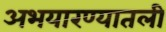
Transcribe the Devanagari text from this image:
अभयारण्यातली